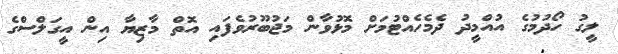
ލީގު ހޯދުމުގެ އުއްމީދު ދެމެހެއްޓުމަށް މޮޅުވާން މަޖުބޫރުވެފައި އޮތް މާޒިޔާ އިން އީގަލްސްގެ